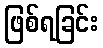
ဖြစ်ရခြင်း